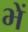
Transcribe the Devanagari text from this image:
भें